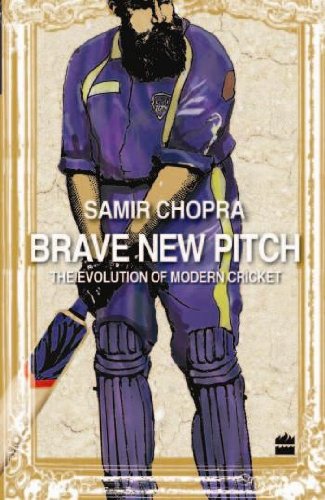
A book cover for Brave New Pitch-The Evolution of Modern Cricket; Samir Chopra; Sports & Outdoors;